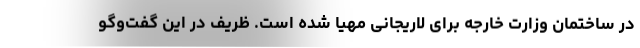
در ساختمان وزارت خارجه برای لاریجانی مهیا شده است. ظریف در این گفت‌وگو